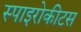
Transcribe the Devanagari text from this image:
स्पाइरोकीटस